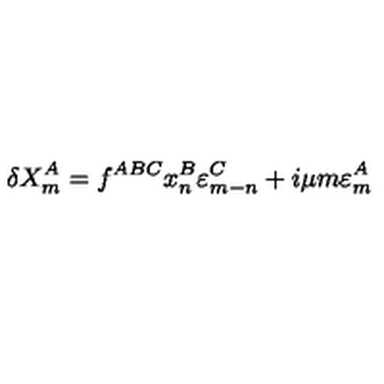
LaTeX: \delta X _ { m } ^ { A } = f ^ { A B C } x _ { n } ^ { B } \varepsilon _ { m - n } ^ { C } + i \mu m \varepsilon _ { m } ^ { A }